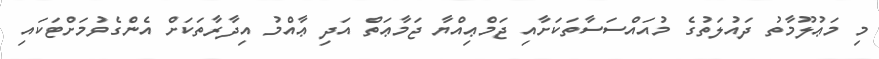
މި މަޢުލޫމާތު ދައުލަތުގެ މުއައްސަސާތަކަށާއި ޖަމްޢިއްޔާ ޖަމާޢަތް އަދި ޢާއްމު އިދާރާތަކަށް އެންގެވުމަށްޓަކައި